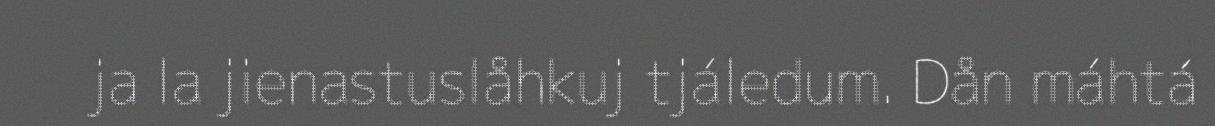
ja la jienastuslåhkuj tjáledum. Dån máhtá